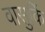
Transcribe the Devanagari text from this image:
वासुकिं